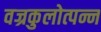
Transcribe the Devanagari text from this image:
वज्रकुलोत्पन्न